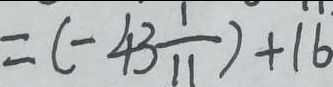
= ( - 4 3 \frac { 1 } { 1 1 } ) + 1 6